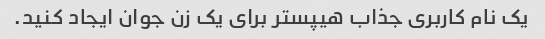
یک نام کاربری جذاب هیپستر برای یک زن جوان ایجاد کنید.